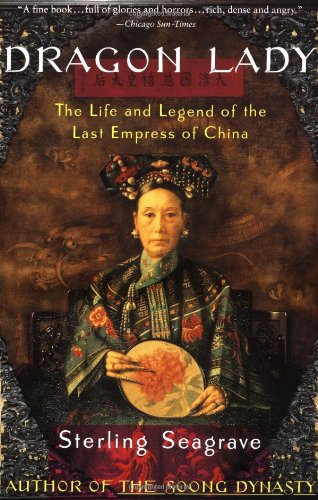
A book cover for Dragon Lady: The Life and Legend of the Last Empress of China; Sterling Seagrave; Biographies & Memoirs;